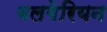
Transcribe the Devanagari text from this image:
बलगेरियन